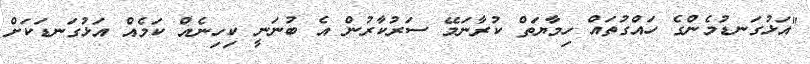
"އަޅުގަނޑުމެންގެ ހައްގުތައް ހިމާޔަތް ކުރާނަމޭ ސަރުކާރުން އެ ބުނަނީ ކިހިނެއް ކަމެއް އަޅުގަނޑަކަށް